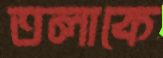
তলাকে